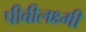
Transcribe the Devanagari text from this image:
पीवीलक्ष्मी